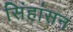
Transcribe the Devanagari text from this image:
सिंहांसन